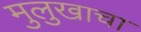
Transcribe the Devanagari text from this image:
मुलुखाचा